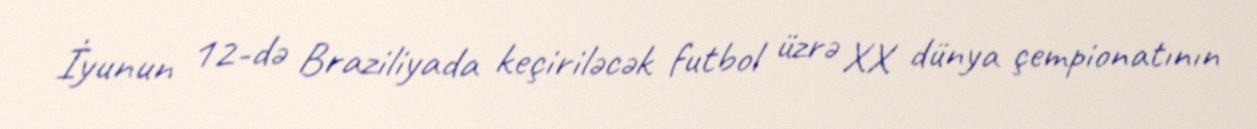
İyunun 12-də Braziliyada keçiriləcək futbol üzrə XX dünya çempionatının